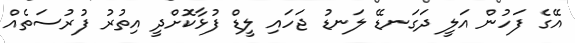
އޭގެ ފަހުން އަލީ ދަގަނޑޭ ލަނޑު ޖަހައި ލީޑް ފުޅާކޮށްދީ އިތުރު ފުރުސަތެއް